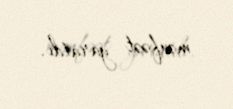
mənfəət yaratdı.